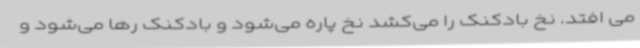
می افتد. نخ بادکنک را می‌کشد نخ پاره می‌شود و بادکنک رها می‌شود و